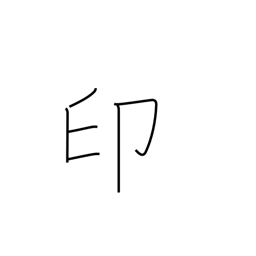
Meaning: seal